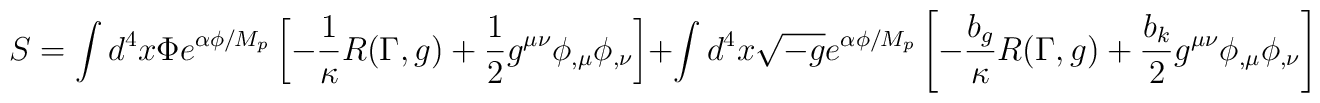
S=\int d^{4}x\Phi e^{\alpha\phi/M_{p}}\left[-\frac{1}{\kappa}R(\Gamma ,g)+\frac{1}{2}g^{\mu\nu}\phi_{,\mu} \phi_{,\nu}\right]+\int d^{4}x\sqrt{-g}e^{\alpha\phi/M_{p}}\left[-\frac{b_{g}}{\kappa}R(\Gamma ,g)+\frac{b_{k}}{2}g^{\mu\nu}\phi_{,\mu} \phi_{,\nu}\right]